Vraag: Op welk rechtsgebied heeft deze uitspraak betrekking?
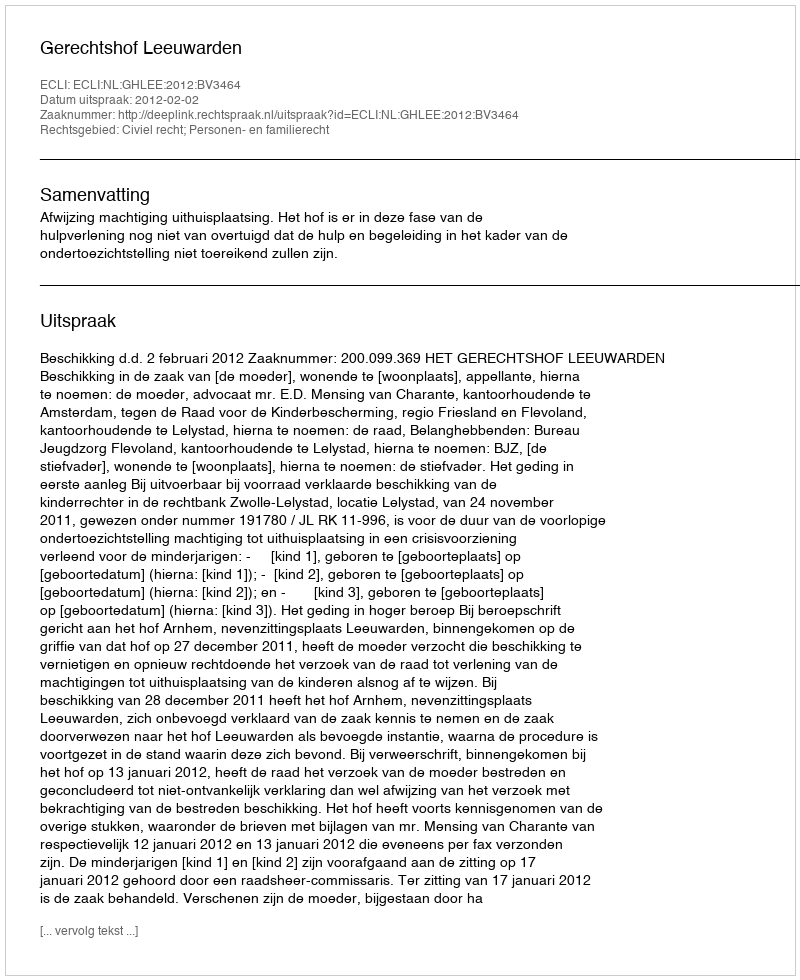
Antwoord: Civiel recht; Personen- en familierecht